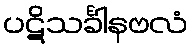
ပဋိသင်္ခါနဗလံ